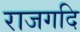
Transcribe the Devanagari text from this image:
राजगदि